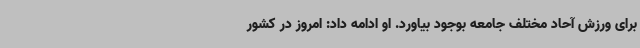
برای ورزش آحاد مختلف جامعه بوجود بیاورد. او ادامه داد: امروز در کشور